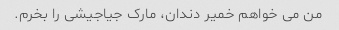
من می خواهم خمیر دندان، مارک جیاجیشی را بخرم.